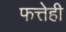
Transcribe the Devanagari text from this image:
फत्तेही